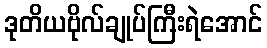
ဒုတိယဗိုလ်ချုပ်ကြီးရဲအောင်